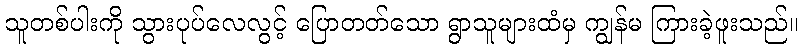
သူတစ်ပါးကို သွားပုပ်လေလွင့် ပြောတတ်သော ရွာသူများထံမှ ကျွန်မ ကြားခဲ့ဖူးသည်။